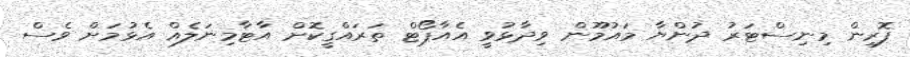
ފޮރިން މިނިސްޓަރު ދުންޔާ މައުމޫން ވިދާޅުވީ އެއާޕޯޓް ތަރައްގީކޮށް އާޓާމިނަލެއް އެޅުމަށް ވެސް